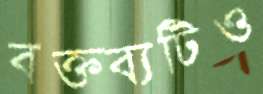
বক্তব্যটিও